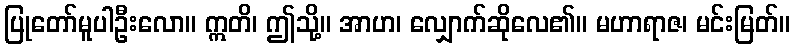
ပြုတော်မူပါဦးလော။ ဣတိ၊ ဤသို့။ အာဟ၊ လျှောက်ဆိုလေ၏။ မဟာရာဇ၊ မင်းမြတ်။